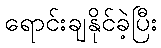
ရောင်းချနိုင်ခဲ့ပြီး